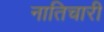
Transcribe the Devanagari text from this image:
नातिचारी